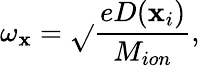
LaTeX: \omega_{\mathbf{x}}=\sqrt{}{{\frac{{eD(\mathbf{x}_{i})}}{{M_{ion}}}}},